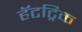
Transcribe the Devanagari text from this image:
हॅटट्रिक